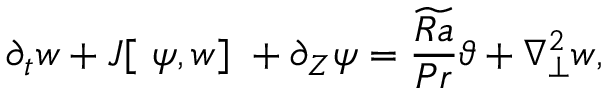
{ \partial _ { t } } w + J [ \ \psi , w ] \ + { \partial _ { Z } } \psi = \frac { \widetilde { R a } } { P r } \vartheta + \nabla _ { \perp } ^ { 2 } w ,